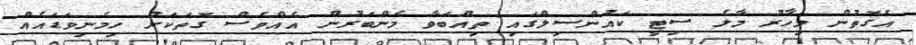
އެގޮތުން މިހާރު މާލެ ސިޓީ ކައުންސިލްގައި ތިއްބަވާ މެންބަރުން އެއްވެސް ގޮތަކަށް ހިމެނިވަޑައެއް